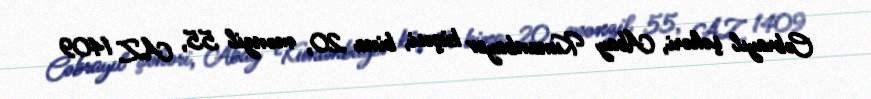
Cəbrayıl şəhəri, Abay Kunanbayev küçəsi, bina 20, mənzil 55, AZ 1409